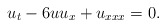
\begin{align*}u_{t}-6uu_{x}+u_{xxx}=0. \end{align*}